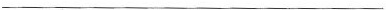
___